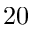
2 0